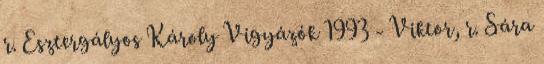
r. Esztergályos Károly Vigyázók 1993 - Viktor, r. Sára